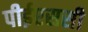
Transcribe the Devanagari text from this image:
पीईएससी